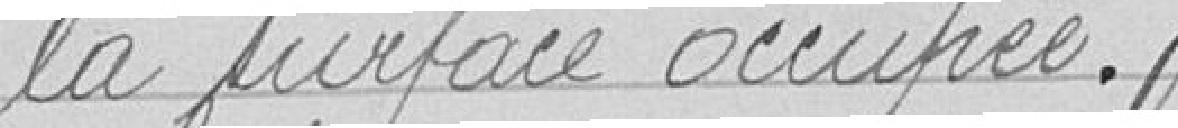
la surface occupée.